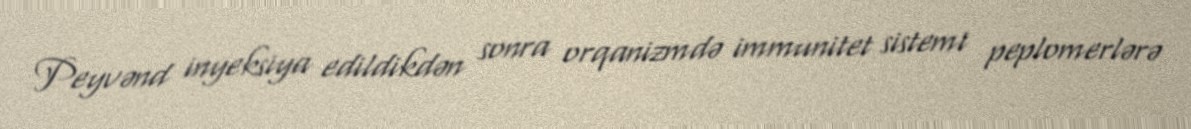
Peyvənd inyeksiya edildikdən sonra orqanizmdə immunitet sistemi peplomerlərə